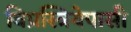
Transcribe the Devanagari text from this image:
विप्रस्त्रियेपासी